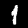
Digit: 1